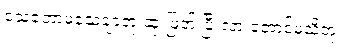
သေတော့မသေချာဘူးဆုံးဖြတ် ပြီးလားတောင်မသိဘူး။